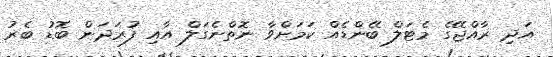
އަދި ރާއްޖޭގެ މެޓަލް ބޭންޑެއް ކަމަށްވާ ނޮތްނެގަލް އާއި ފުރަދަން ބޮޑު ބެރު